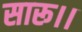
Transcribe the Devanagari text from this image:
सारू।।